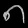
Digit: ၈